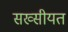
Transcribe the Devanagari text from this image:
सख्सीयत